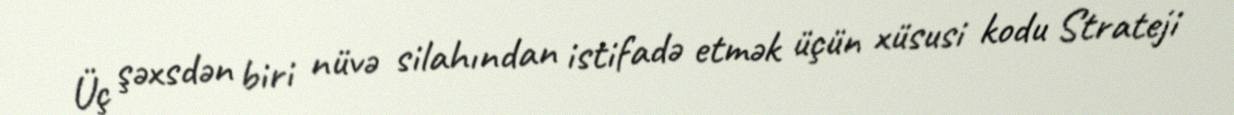
Üç şəxsdən biri nüvə silahından istifadə etmək üçün xüsusi kodu Strateji